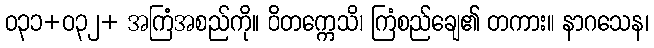
ဝ၃၁+ဝ၃၂+ အကြံအစည်ကို။ ဝိတက္ကေသိ၊ ကြံစည်ချေ၏ တကား။ နာဂသေန၊